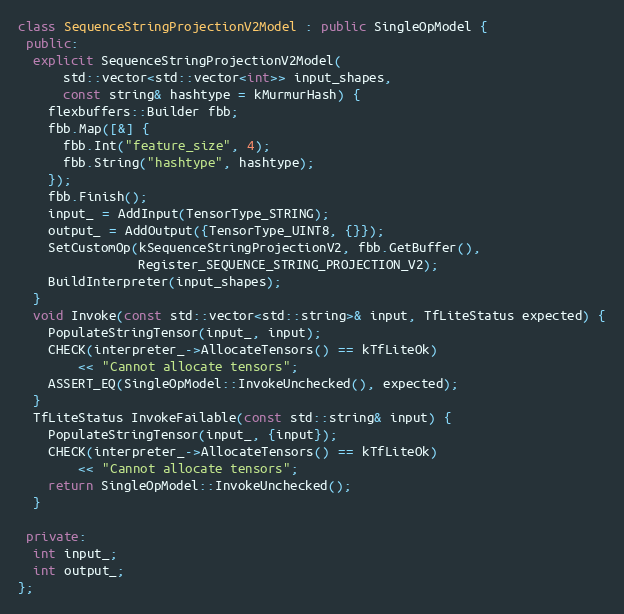
Language: C++
class SequenceStringProjectionV2Model : public SingleOpModel {
 public:
  explicit SequenceStringProjectionV2Model(
      std::vector<std::vector<int>> input_shapes,
      const string& hashtype = kMurmurHash) {
    flexbuffers::Builder fbb;
    fbb.Map([&] {
      fbb.Int("feature_size", 4);
      fbb.String("hashtype", hashtype);
    });
    fbb.Finish();
    input_ = AddInput(TensorType_STRING);
    output_ = AddOutput({TensorType_UINT8, {}});
    SetCustomOp(kSequenceStringProjectionV2, fbb.GetBuffer(),
                Register_SEQUENCE_STRING_PROJECTION_V2);
    BuildInterpreter(input_shapes);
  }
  void Invoke(const std::vector<std::string>& input, TfLiteStatus expected) {
    PopulateStringTensor(input_, input);
    CHECK(interpreter_->AllocateTensors() == kTfLiteOk)
        << "Cannot allocate tensors";
    ASSERT_EQ(SingleOpModel::InvokeUnchecked(), expected);
  }
  TfLiteStatus InvokeFailable(const std::string& input) {
    PopulateStringTensor(input_, {input});
    CHECK(interpreter_->AllocateTensors() == kTfLiteOk)
        << "Cannot allocate tensors";
    return SingleOpModel::InvokeUnchecked();
  }

 private:
  int input_;
  int output_;
};